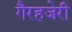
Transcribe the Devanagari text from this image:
गैरहजेरी